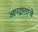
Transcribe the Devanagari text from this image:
आपद्ग्रस्तांचे